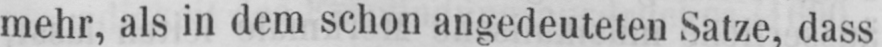
mehr, als in dem schon angedeuteten Satze, dass